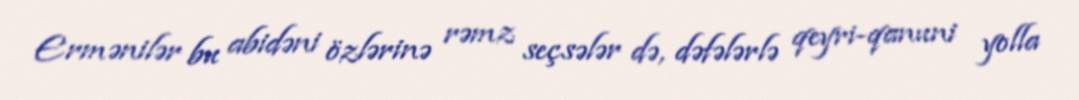
Ermənilər bu abidəni özlərinə rəmz seçsələr də, dəfələrlə qeyri-qanuni yolla